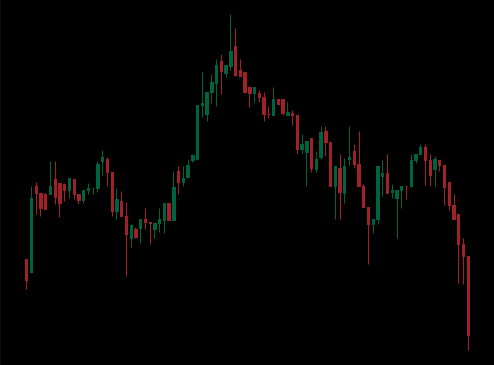
Pattern: head_shoulders